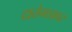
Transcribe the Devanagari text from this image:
दातेगडावर